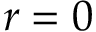
r = 0